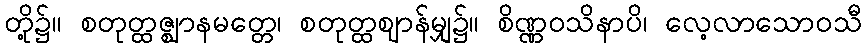
တို့၌။ စတုတ္ထဇ္ဈာနမတ္တေ၊ စတုတ္ထဈာန်မျှ၌။ စိဏ္ဏဝသိနာပိ၊ လေ့လာသောဝသီ